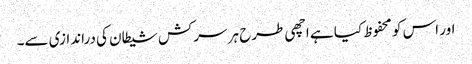
اور اس کو محفوظ کیا ہے اچھی طرح ہر سرکش شیطان کی دراندازی سے۔